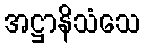
အဋ္ဌာနိသံသေ